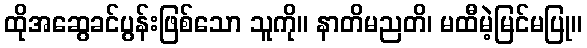
ထိုအဆွေခင်ပွန်းဖြစ်သော သူကို။ နာတိမညတိ၊ မထီမဲ့မြင်မပြု။